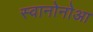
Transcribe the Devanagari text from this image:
स्वानोनोआ